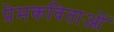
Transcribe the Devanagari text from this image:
प्रेमकविताओं